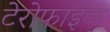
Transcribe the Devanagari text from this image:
टेरोफाइटा